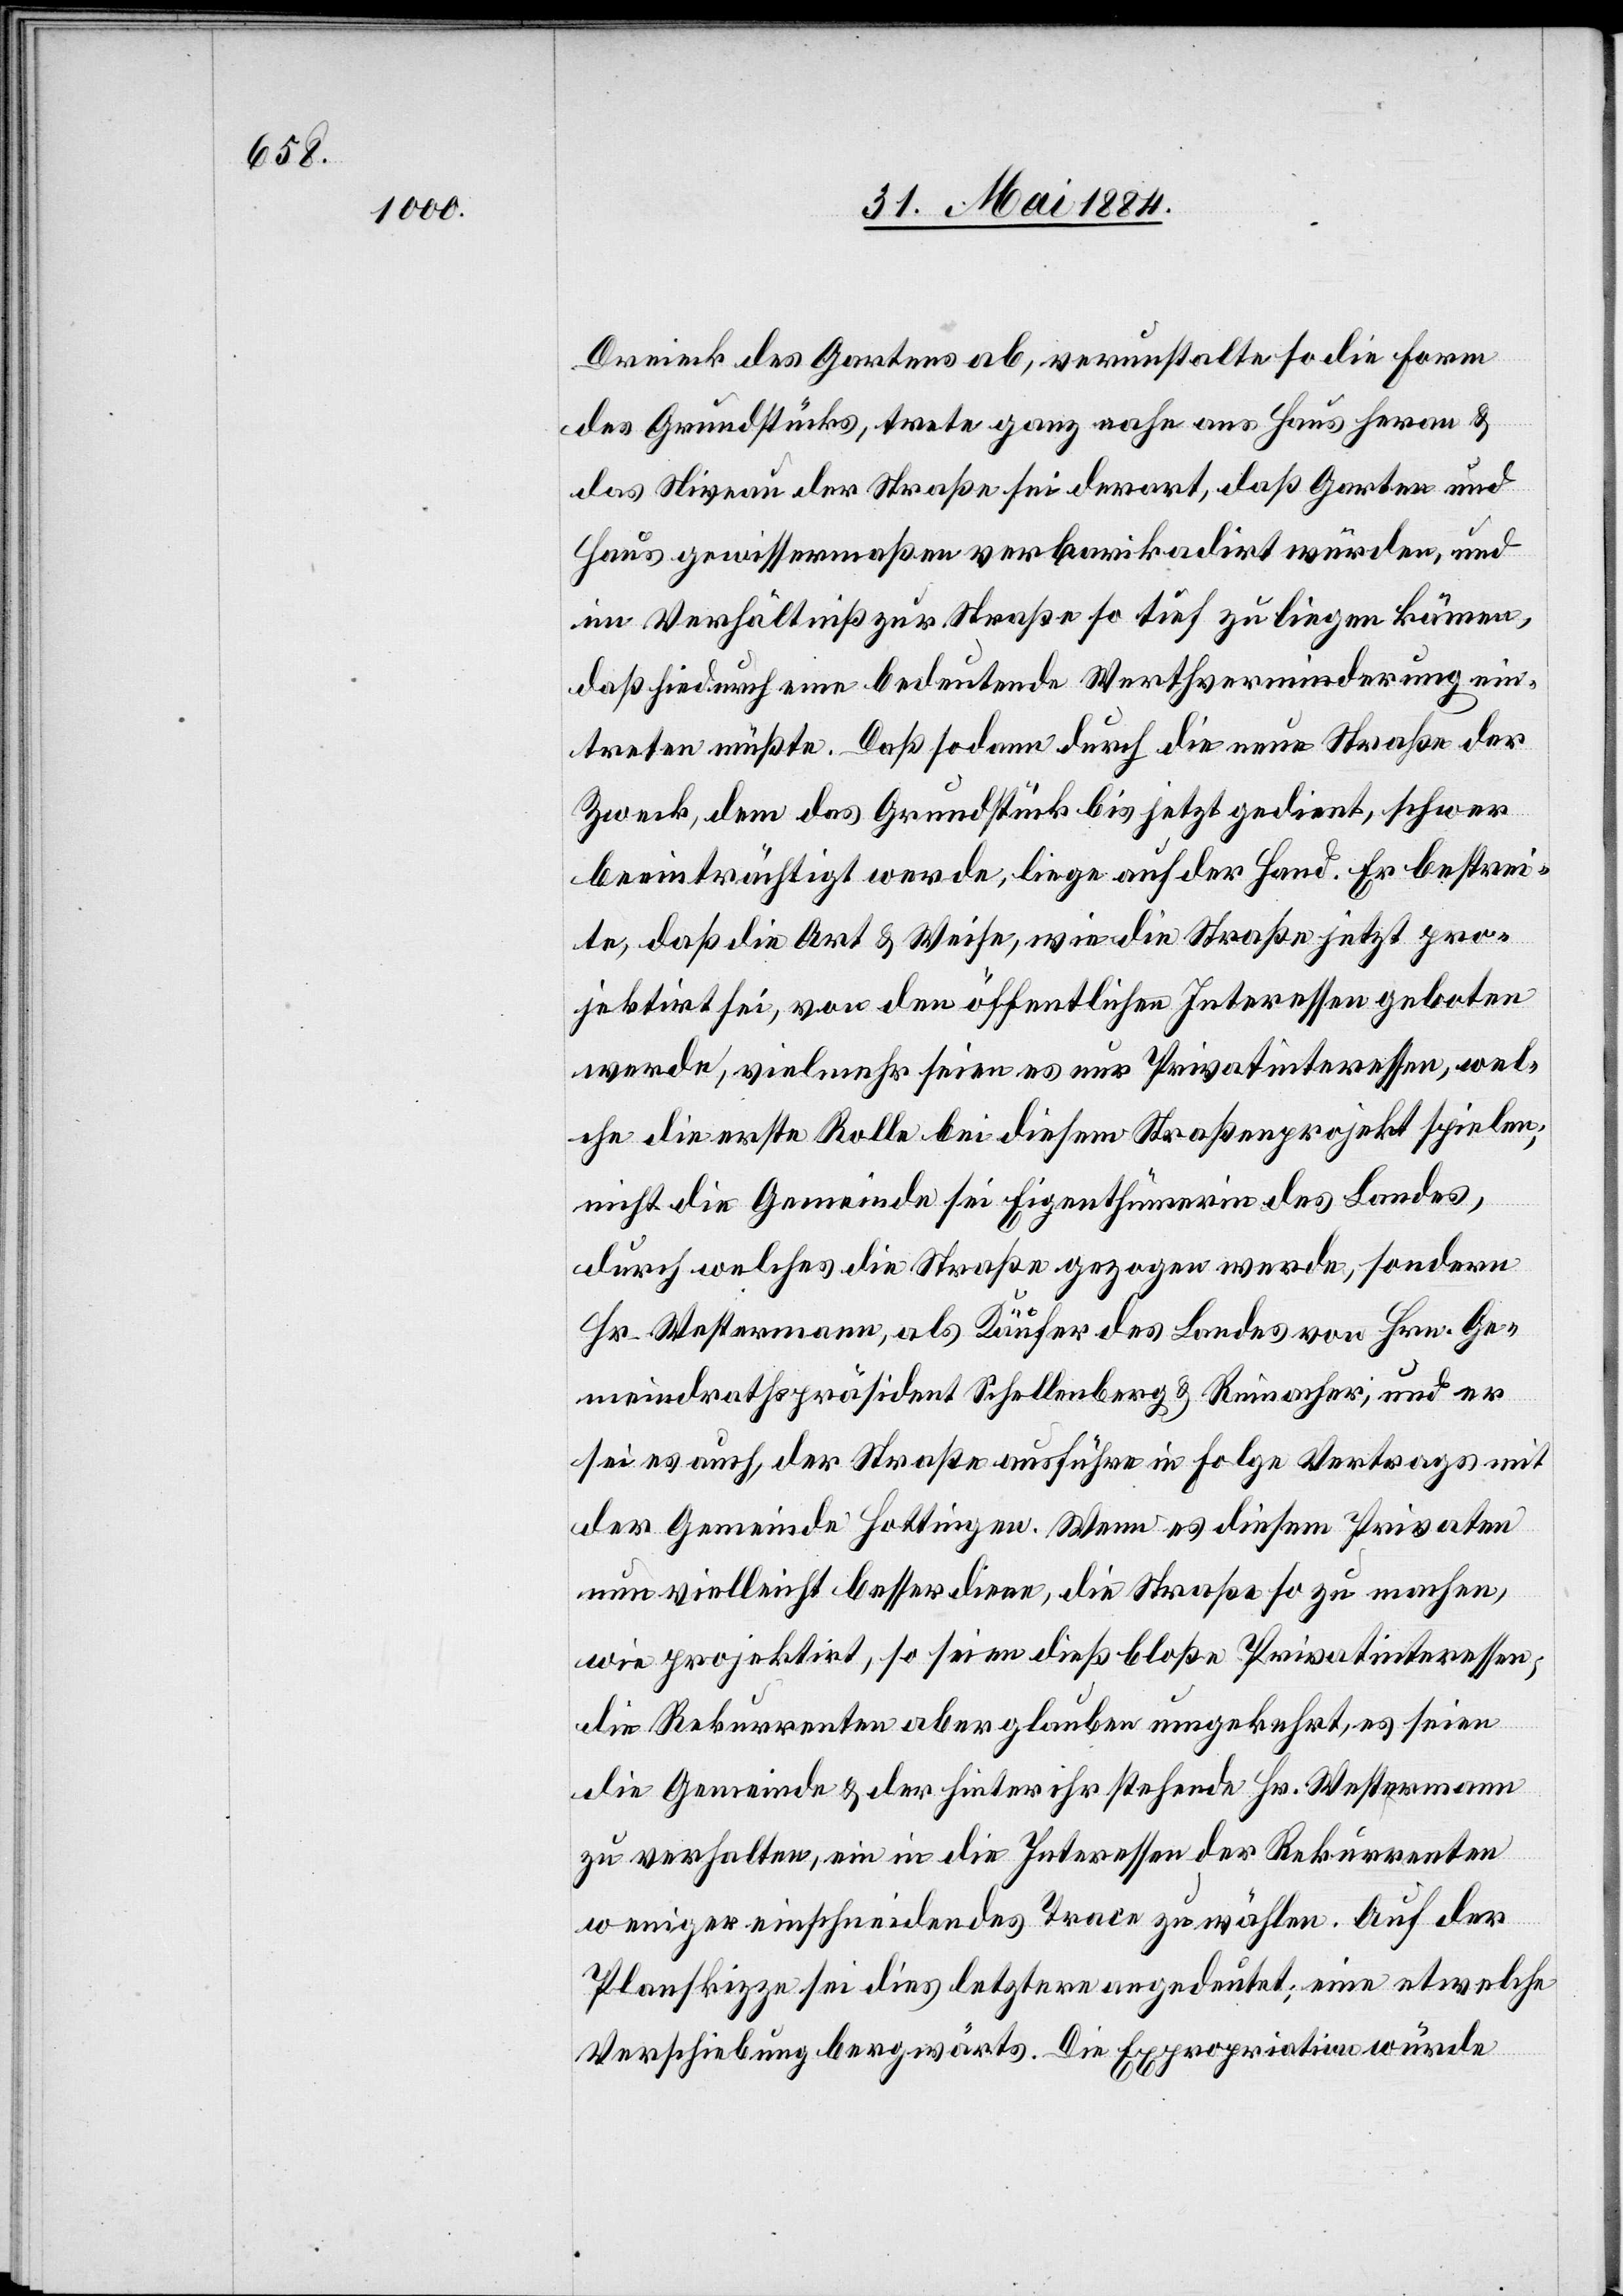
Dreieck des Gartens ab, verunstalte so die Form
des Grundstücks, trete ganz nahe ans Haus heran &
das Niveau der Straße sei derart, daß Garten und
Haus gewissermaßen verbarikadirt würden, und
im Verhältniß zur Straße so tief zu liegen kämen,
daß hiedurch eine bedeutende Werthverminderung ein¬
treten müßte. Daß sodann durch die neue Straße der
Zweck, dem das Grundstück bis jetzt gedient, schwer
beeinträchtig werde, liege auf der Hand. Er bestrei¬
te, daß die Art & Weise, wie die Straße jetzt pro¬
jektirt sei, von den öffentlichen Interessen geboten
werde, vielmehr seien es nur Privatinteressen, wel¬
che die erste Rolle bei diesem Straßenprojekt spielen;
nicht die Gemeinde sei Eigenthümerin des Landes,
durch welches die Straße gezogen werde, sondern
Hr. Westermann, als Käufer des Landes von Hrn. Ge¬
meindrathspräsident Schellenberg & Reinacher, und er
sei es auch, der Straße ausführe [sic!] in Folge Vertrags mit
der Gemeinde Hottingen. Wenn es diesem Privaten
nun vielleicht besser diene, die Straße so zu machen,
wie projektirt, so seien dieß bloße Privatinteressen;
die Rekurrenten aber glauben umgekehrt, es seien
die Gemeinde & der hinter ihr stehende Hr. Westermann
zu verhalten, ein in die Interessen der Rekurrenten
weniger einschneidendes Trace zu wählen. Auf der
Planskizze sei dies letztere angedeutet: eine etwelche
Verschiebung bergwärts. Die Expropriation würde